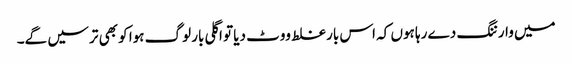
میں وارننگ دے رہا ہوں کہ اس بار غلط ووٹ دیا تو اگلی بار لوگ ہوا کو بھی ترسیں گے۔